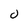
Character: 0